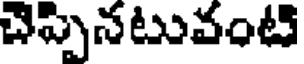
చెప్పినటువంటి